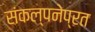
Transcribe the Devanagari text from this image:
संकल्पनेप्रत